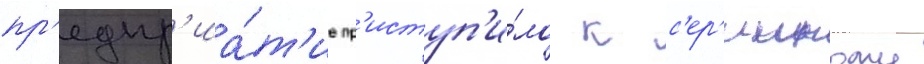
пр'едпр'иа́т'ие пр'иступ'и́ло к с'ер'ииному